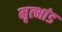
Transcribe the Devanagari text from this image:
मृत्भांड